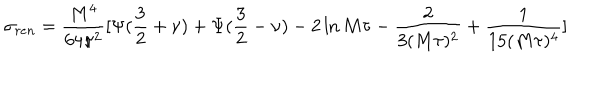
\sigma _ { r e n } = { \frac { M ^ { 4 } } { 6 4 \pi ^ { 2 } } } [ \Psi ( { \frac { 3 } { 2 } } + \nu ) + \Psi ( { \frac { 3 } { 2 } } - \nu ) - 2 \ln M \tau - { \frac { 2 } { 3 ( M \tau ) ^ { 2 } } } + { \frac { 1 } { 1 5 ( M \tau ) ^ { 4 } } } ]